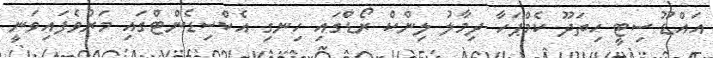
އައްޑޫ ސިޓީ ހިތަދޫ ކެމްޕަހާ ދިމާލު ލިންކް ރޯޑްގައި ހިނގި އެކްސިޑެންޓްގައި މަރުވެފައިވަނީ